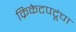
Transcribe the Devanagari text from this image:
क्रिकेटपटूंचा